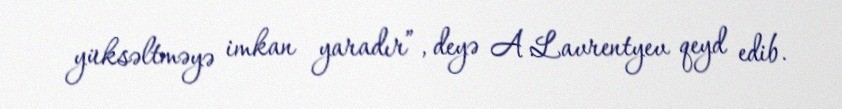
yüksəltməyə imkan yaradır”, deyə A.Lavrentyev qeyd edib.